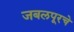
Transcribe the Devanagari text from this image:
जबलपूरचे